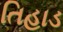
તિહાડ